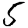
Digit: 5